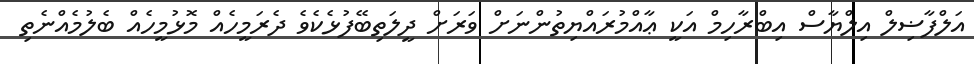
އަލްފާޟިލް އިލްޔާސް އިބްރާހިމް އަކީ ޢާއްމުރައްޔިތުންނަށް ވަރަށް ދީލަތިބޭފުޅެކެވެ ދެރަމީހެއް މޮޅުމީހެއް ބެލުމެއްނެތި